Lunatic asylums Punjab 1895-1910 - 1895-1910
Year: 1895
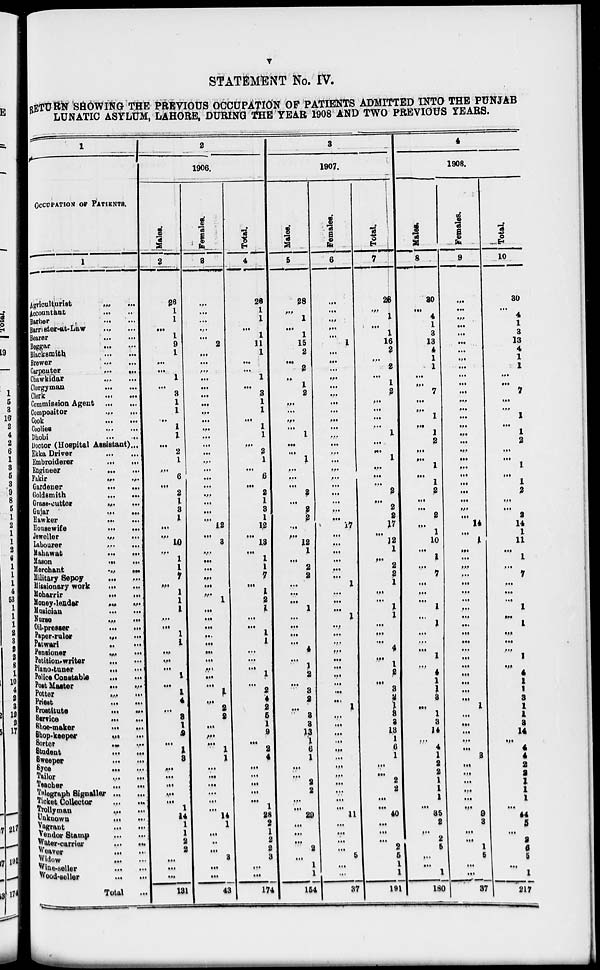
v
STATEMENT No. IV.
RETURN SHOWING THE PRIVIOUS OCCUPATION OF PATIENTS ADMITTED INTO THE PUNJAB
LUNATIC ASYLUM, LAHORE, DURING THE YEAR 1908 AND TWO PREVIOUS YEARS.
1
OCCUPATION OF PATIENTS.
1
Agriculturist
...
...
Accountant
...
...
Barber
...
...
Barrister-at-Law ... ...
Bearer
...
...
Beggar
...
...
Blacksmith ... ...
Brewer ... ...
Carpenter ... ...
Chawkidar
... ...
Clergyman
...
...
Clerk
...
...
Commission Agent ...
...
Compositor
...
...
Cook
...
...
Coolies
...
...
Dhobi
...
...
Doctor (Hospital Assistant) ...
Ekka Driver
...
...
Embroiderer
...
...
Engineer
...
...
Fakir
...
...
Gardener
...
...
Goldsmith
...
...
Grass-cutter ... ...
Gujar
...
...
Hawker
...
...
Housewife
...
...
Jeweller ... ...
Labourer
...
...
Mahawat
...
...
Mason
...
...
Merchant
...
...
Military Sepoy
...
...
Missionary work
...
...
Moharrir
...
...
Money-leader
...
...
Musician
...
...
Norse
...
...
Oil-presser
...
...
Paper-ruler
...
...
Patwari
...
...
Pensioner
...
...
Petition-writer
... ...
Piano-tuner
...
...
Police Constable
... ...
Post Master ... ...
Potter
...
...
Priest
...
...
Prostitute
...
...
Service
...
...
Shoe-maker
...
...
Shop-keeper
...
...
Sorter
...
...
Student
...
...
Sweeper
...
...
Syce
...
...
Tailor
Teacher ... ...
Telegraph Signaller ... ...
Ticket Collector ... ...
Trollyman
...
...
Unknown
...
...
Vagrant ... ...
Vendor Stamp ... ...
Water-carrier ... ...
Weaver ... ...
Widow
...
...
Wine-seller ... ...
Wood-seller ... ...
Total ...
2
1906.
Males.
2
26
1
1
...
1
9
1
...
...
1
...
3
1
1
...
1
1
...
2
1
...
6
...
2
1
3
1
...
...
10
...
1
1
7
...
1
1
1
...
...
1
1
...
...
...
1
...
1
4
...
3
1 2
...
1 3
...
...
...
...
...
1
14
1
1
2 2
...
...
...
131
Females.
3
...
...
...
...
...
2
...
...
...
...
...
...
...
...
...
...
...
...
...
...
...
...
...
...
...
...
...
12
...
3
...
...
...
...
...
... 1
...
...
...
...
...
...
...
...
...
...
1
...
2
2
...
...
...
1
1
...
...
...
...
...
...
14
1
...
...
... 3
...
...
43
Total.
4
26
1
1
...
1
11
1
...
...
1
...
3
1
1
...
1
1
...
2
1
...
6
...
2
1
3
1
12
...
13
... 1
1 7
...
1
2
1
...
...
1 1
...
...
...
1
...
2
4
2
5
1
9
..
2
4
...
...
...
...
...
1
28
2
1
2
2
3
...
...
174
3
1907.
Males.
5
28
...
1
...
1
15
2
...
2
... 1 2
...
...
...
...
1
...
...
1
...
...
...
2
...
2
2
...
...
12
1
...
2
2
...
...
...
1
...
...
...
...
4
...
1 2
...
3
2
...
3
3
13
1
6
1
...
... 2
2
...
...
29
...
...
...
2
...
1
1
154
Females.
6
...
...
...
...
...
1
...
...
...
...
...
...
...
...
...
...
...
...
...
...
...
...
...
...
...
...
... 17
...
...
...
...
...
...
1
...
...
...
1
...
...
...
...
...
...
...
...
...
...
1
...
...
...
...
...
...
...
...
...
...
...
...
11
...
...
...
...
5
...
...
37
Total.
7
28
...
1
...
1
16
2
...
2
...
1 2
...
...
...
...
1
1
...
...
1
...
...
...
2
...
2
2
17
...
12
1
...
2
2
1
...
...
1
1 ...
...
...
4
...
1
2 ...
3
2
1
3
2
13
1
6
1
...
...
2
2 ...
...
40
...
...
...
2
5
1
1
191
4
1908.
Males.
8
30
...
4
1
3
13
4
1
1
...
...
7
...
...
1
...
1
2
...
...
1
...
1 2
...
...
2
...
1
10
...
1
...
7
...
...
...
1
...
1
...
...
...
1
...
4
1
1
3
...
1
3
14
...
4
1
2
2
1
1
1
...
35
2
...
2
5
1
...
1
180
Females.
9
...
...
...
...
...
...
...
...
...
...
...
...
...
...
...
...
...
...
...
...
...
...
...
14
...
1
...
...
...
...
...
...
...
...
...
...
...
...
...
...
...
...
...
...
...
...
1
...
...
...
...
...
3
...
...
...
...
...
...
9
3
...
...
1
5
...
...
37
Total.
10
30
...
4
1
3
13
4
1
1
...
...
7
...
...
1
...
1 2
....
...
1
...
1
2
...
...
2
14
1
11
...
1
...
7
......
...
...
1
...
1
...
...
...
1
...
4
1
1
3
1
1
3
14
...
4
4
2
2
1
1 1
...
44
5
...
2
6
5
...
217